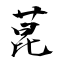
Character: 芘